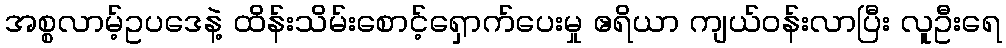
အစ္စလာမ့်ဥပဒေနဲ့ ထိန်းသိမ်းစောင့်ရှောက်ပေးမှု ဧရိယာ ကျယ်ဝန်းလာပြီး လူဦးရေ